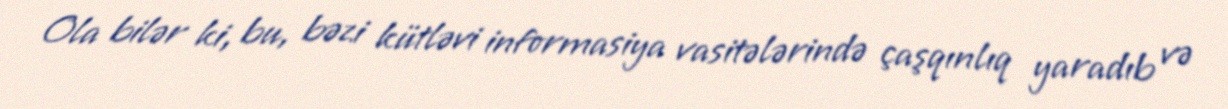
Ola bilər ki, bu, bəzi kütləvi informasiya vasitələrində çaşqınlıq yaradıb və